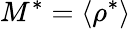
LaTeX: M^{*}=\langle\rho^{*}\rangle